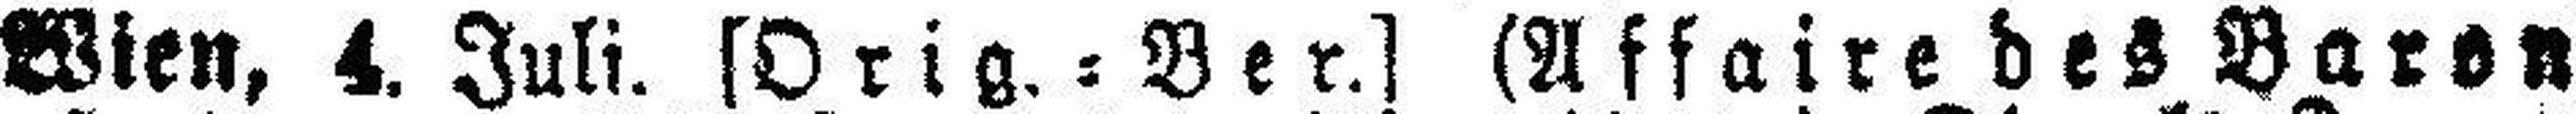
Wien, 4. Juli. [Orig.=Ber.] (Affaire des Baron